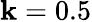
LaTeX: \mathbf{k}=0.5